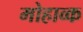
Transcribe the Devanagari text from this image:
मोहाव्क